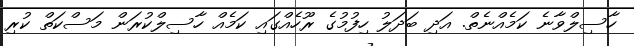
ހާސިލްވާނެ ކަމެއްނެތް. އަދި ބަދަލު ހިފުމުގެ ރޫހެއްގައި ކަމެއް ހާސިލްކުރަން މަސްކަތް ކުރި